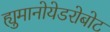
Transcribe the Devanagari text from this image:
ह्युमानोयेडरोबोट